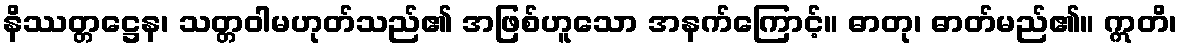
နိဿတ္တဋ္ဌေန၊ သတ္တဝါမဟုတ်သည်၏ အဖြစ်ဟူသော အနက်ကြောင့်။ ဓာတု၊ ဓာတ်မည်၏။ ဣတိ၊